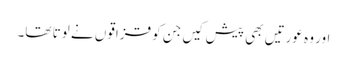
اور وہ عورتیں بھی پیش کیں جن کو قزاقوں نے لوتا تھا۔